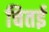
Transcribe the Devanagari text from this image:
चितई